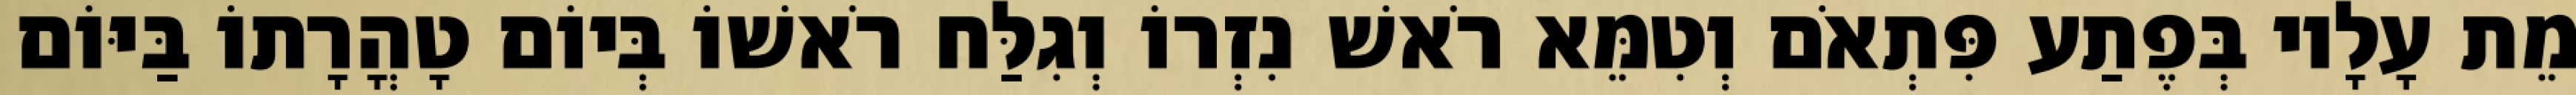
מֵת עָלָיו בְּפֶתַע פִּתְאֹם וְטִמֵּא רֹאשׁ נִזְרוֹ וְגִלַּח רֹאשׁוֹ בְּיוֹם טָהֳרָתוֹ בַּיּוֹם